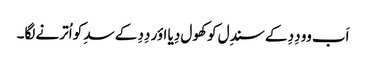
اَب وو دِدِ کے سندِل کو کھول دِیا اؤر دِدِ کے سدِ کو اُترنے لگا۔